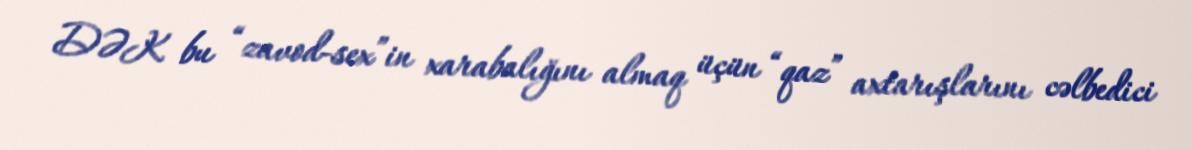
DƏK bu “zavod-sex”in xarabalığını almaq üçün “qaz” axtarışlarını cəlbedici